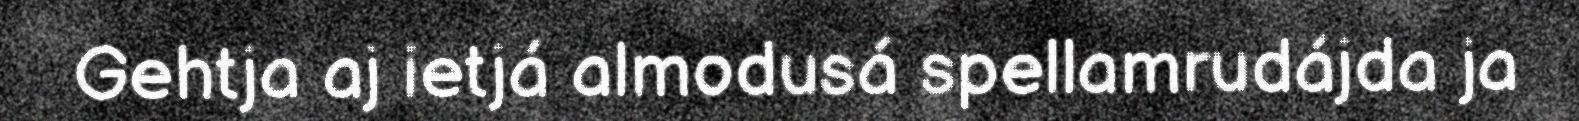
Gehtja aj ietjá almodusá spellamrudájda ja